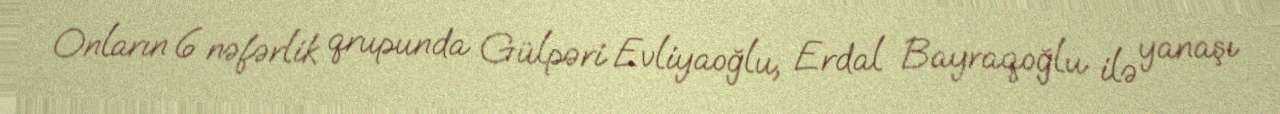
Onların 6 nəfərlik qrupunda Gülpəri Evliyaoğlu, Erdal Bayraqoğlu ilə yanaşı